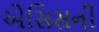
એસિસની